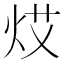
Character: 𤈝